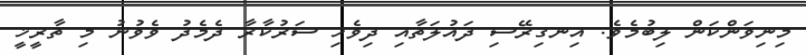
މިނިވަންކަން ލިބުމެވެ. އިނގިރޭސި ދައުލަތާއި ދިވެހި ސަރުކާރާ ދެމެދު ވެވުނު މި ތާރީޚީ